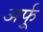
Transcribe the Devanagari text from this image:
अर्फू